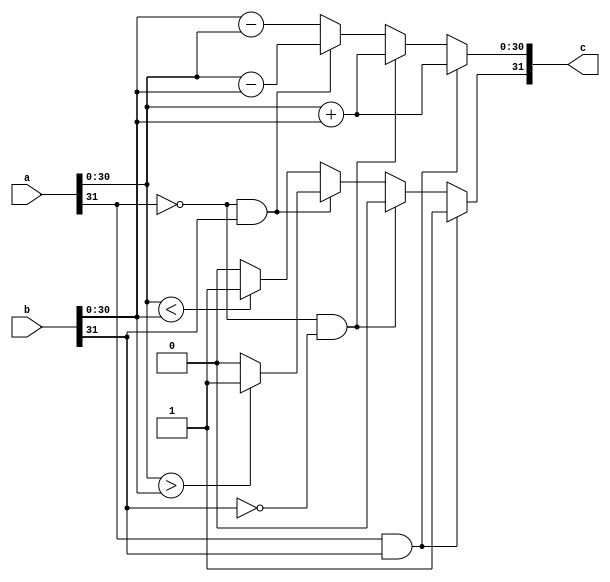
module qadd(
    input [N-1:0] a,
    input [N-1:0] b,
    output [N-1:0] c
    );
//sign+16.15

	//Parameterized values
	parameter Q = 15;
	parameter N = 32;

reg [N-1:0] res;

assign c = res;

always @(a,b)
begin
	//both negative
	if(a[N-1] == 1 && b[N-1] == 1) begin
		//sign
		res[N-1] = 1;
		//whole
		res[N-2:0] = a[N-2:0] + b[N-2:0];
	end
	//both positive
	else if(a[N-1] == 0 && b[N-1] == 0) begin
		//sign
		res[N-1] = 0;
		//whole
		res[N-2:0] = a[N-2:0] + b[N-2:0];
	end
	//subtract a-b
	else if(a[N-1] == 0 && b[N-1] == 1) begin
		//sign
		if(a[N-2:0] > b[N-2:0])
			res[N-1] = 1;
		else
			res[N-1] = 0;
		//whole
		res[N-2:0] = a[N-2:0] - b[N-2:0];
	end
	//subtract b-a
	else begin
		//sign
		if(a[N-2:0] < b[N-2:0])
			res[N-1] = 1;
		else
			res[N-1] = 0;
		//whole
		res[N-2:0] = b[N-2:0] - a[N-2:0];
	end
end

endmodule